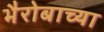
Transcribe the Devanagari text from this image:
भैरोबाच्या